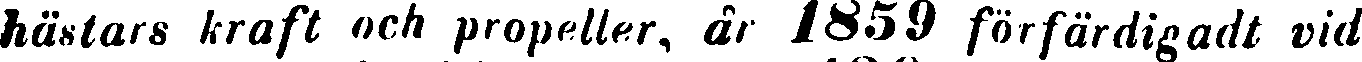
hästars kraft och propeller, år 1859 förfärdigadt vid